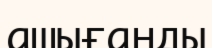
ашығанды